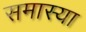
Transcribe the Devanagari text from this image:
समास्या